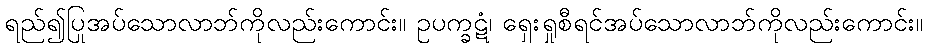
ရည်၍ပြုအပ်သောလာဘ်ကိုလည်းကောင်း။ ဥပက္ခဋံ၊ ရှေးရှုစီရင်အပ်သောလာဘ်ကိုလည်းကောင်း။